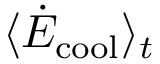
\langle \dot { E } _ { \mathrm { c o o l } } \rangle _ { t }